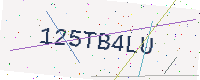
Text: 125TB4LU